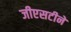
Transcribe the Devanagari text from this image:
जीएसटीने